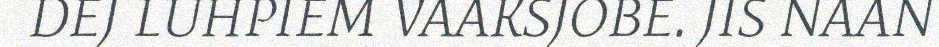
DEJ LUHPIEM VAAKSJOBE. JIS NAAN